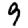
Digit: 9